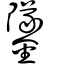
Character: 鐆